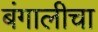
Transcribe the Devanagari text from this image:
बंगालीचा